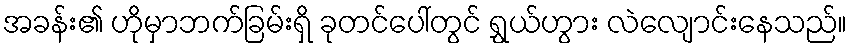
အခန်း၏ ဟိုမှာဘက်ခြမ်းရှိ ခုတင်ပေါ်တွင် ရွှယ်ဟွား လဲလျောင်းနေသည်။